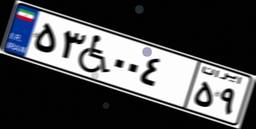
۵۳W۰۰۴۵۹